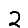
Digit: 2